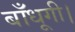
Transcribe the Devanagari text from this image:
बाँधूगी।